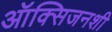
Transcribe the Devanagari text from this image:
ऑक्सिजनशी